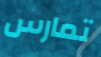
تمارس